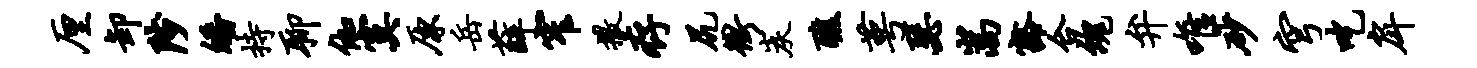
厘卸陟皤持聊伽寞原岳薛窄撒存尻冲炭醮萼瑟嵩豁合魂弁唯砂穹吃戽